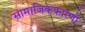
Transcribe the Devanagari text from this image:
सामाजिककारणों